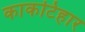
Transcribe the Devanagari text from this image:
काकटिहार